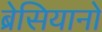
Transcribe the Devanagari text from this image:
ब्रेसियानो